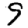
Digit: 9